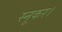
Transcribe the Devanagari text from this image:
स्नूकर।